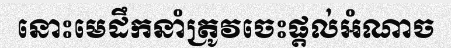
នោះមេដឹកនាំត្រូវចេះផ្តល់អំណាច